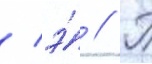
/ э́ // Т